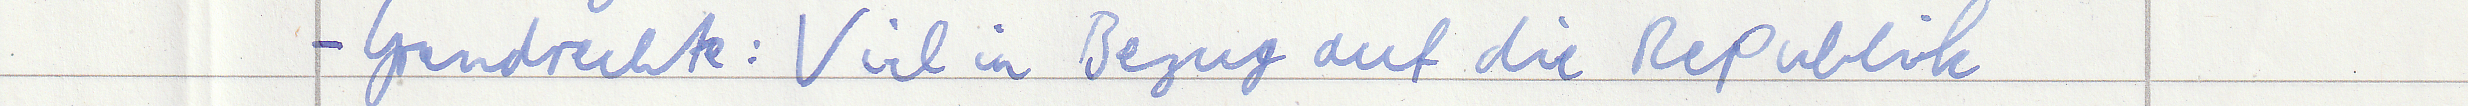
- Grundrechte: Viel in Bezug auf die Republik